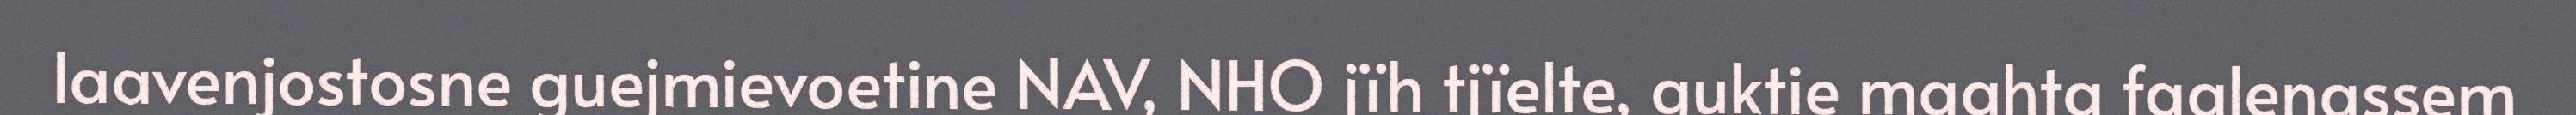
laavenjostosne guejmievoetine NAV, NHO jïh tjïelte, guktie maahta faalenassem